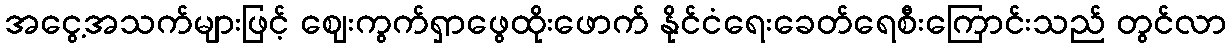
အငွေ့အသက်များဖြင့် ဈေးကွက်ရှာဖွေထိုးဖောက် နိုင်ငံရေးခေတ်ရေစီးကြောင်းသည် တွင်လာ